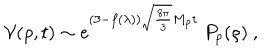
LaTeX: { \cal V } ( \rho , t ) \sim e ^ { ( 3 - f ( \lambda ) ) \sqrt { \frac { 8 \pi } { 3 } } M _ { \mathrm { p } } t } \ P _ { p } ( \rho ) \ ,